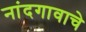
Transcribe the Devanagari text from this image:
नांदगावाचे